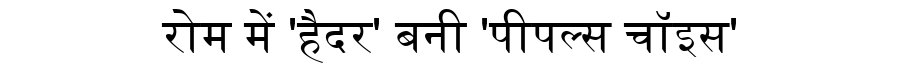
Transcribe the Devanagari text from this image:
रोम में 'हैदर' बनी 'पीपल्स चॉइस'